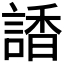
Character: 𧪑